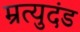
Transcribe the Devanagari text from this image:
म्रत्युदंड